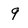
Character: 9